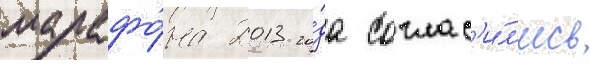
марафо́на 2013 го́да соглас'и́л'ись